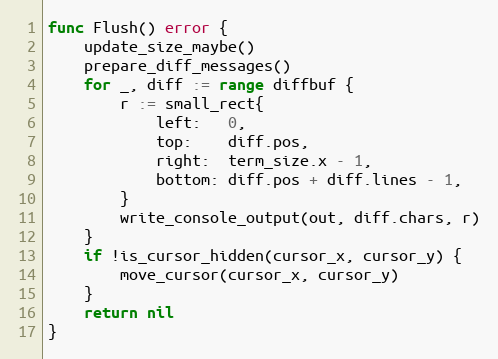
Language: Go
func Flush() error {
	update_size_maybe()
	prepare_diff_messages()
	for _, diff := range diffbuf {
		r := small_rect{
			left:   0,
			top:    diff.pos,
			right:  term_size.x - 1,
			bottom: diff.pos + diff.lines - 1,
		}
		write_console_output(out, diff.chars, r)
	}
	if !is_cursor_hidden(cursor_x, cursor_y) {
		move_cursor(cursor_x, cursor_y)
	}
	return nil
}